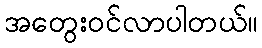
အတွေးဝင်လာပါတယ်။